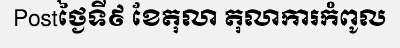
Postថ្ងៃទី៩ ខែតុលា តុលាការកំពូល